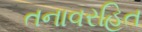
તનાવરહિત